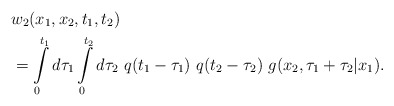
\begin{align*}& w_2 (x_1,x_2,t_1,t_2) \\& = \int\limits_0^{t_1} d\tau_1 \int\limits_0^{t_2} d\tau_2 ~q(t_1-\tau_1) ~q(t_2-\tau_2)~ g(x_2,\tau_1 + \tau_2|x_1) . \\\end{align*}